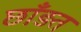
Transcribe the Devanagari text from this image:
छाँड़त